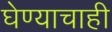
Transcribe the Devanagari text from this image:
घेण्याचाही